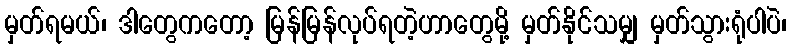
မှတ်ရမယ်၊ ဒါတွေကတော့ မြန်မြန်လုပ်ရတဲ့ဟာတွေမို့ မှတ်နိုင်သမျှ မှတ်သွားရုံပါပဲ၊